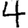
Digit: 4